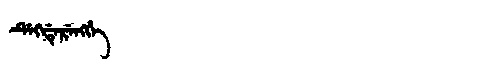
Manchu: ᡩᡝᡴᡩᡝᡵᡝᠩᡤᡝ
Romanization: DEKDERENGGE